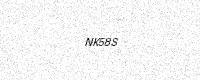
Text: NK58S